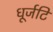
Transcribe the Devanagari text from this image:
धूर्जटि